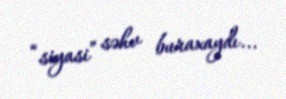
“siyasi” səhv buraxaydı...